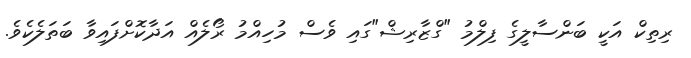
ރިތިކް އަކީ ބަންސާލީގެ ފިލްމު "ގްޒާރިޝް"ގައި ވެސް މުހިއްމު ރޯލެއް އަދާކޮށްފައިވާ ބަތަލެކެވެ.